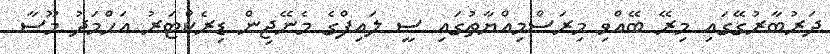
ދަރުބާރުގޭގައި މިރޭ ބޭއްވި މިރަސްމިއްޔާތުގައި ސީ ލައިފްގެ މެނޭޖިން ޑިރެކްޓަރު އަހްމަދު މޫސާ